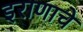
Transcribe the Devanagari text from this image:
इराणाचे